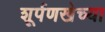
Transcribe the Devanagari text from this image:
शूर्पणखेच्या